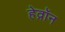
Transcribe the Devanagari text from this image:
हेव्रॉन